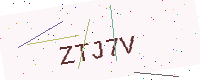
Text: ZTJ7V